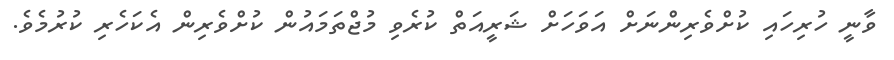
ވާނީ ހުރިހައި ކުށްވެރިންނަށް އަވަހަށް ޝަރީއަތް ކުރެވި މުޖްތަމައުން ކުށްވެރިން އެކަހެރި ކުރުމެވެ.